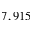
7 , 9 1 5